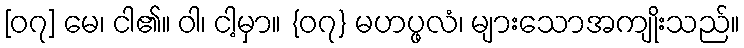
[၀၇] မေ၊ ငါ၏။ ဝါ၊ ငါ့မှာ။ {၀၇} မဟပ္ဖလံ၊ များသောအကျိုးသည်။